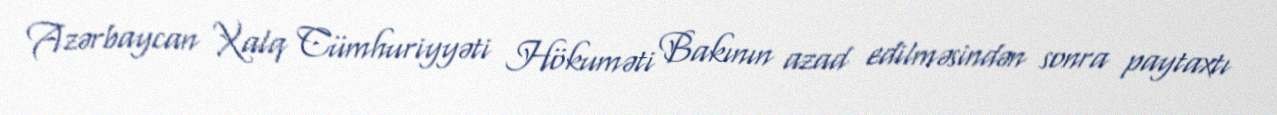
Azərbaycan Xalq Cümhuriyyəti Hökuməti Bakının azad edilməsindən sonra paytaxtı